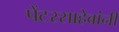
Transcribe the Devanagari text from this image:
पेंटरसाहेबांनी